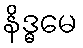
နိဒ္ဓမေ